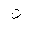
Letter: _non